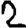
Digit: 2